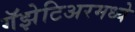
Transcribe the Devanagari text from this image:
गॅझेटिअरमध्ये